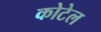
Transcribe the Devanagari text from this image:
कोटेल